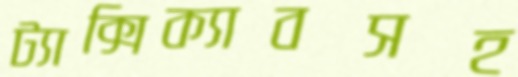
ট্যাক্সিক্যাবসহ